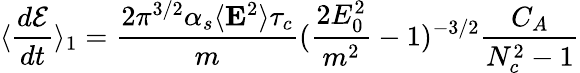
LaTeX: \langle{\frac{d{\cal{E}}}{dt}}\rangle_{1}={\frac{2\pi^{3/2}\alpha_{s}\langle{\mathbf E}^{2}\rangle\tau_{c}}{m}}({\frac{2E_{0}^{2}}{m^{2}}}-1)^{-3/2}{\frac{C_{A}}{N_{c}^{2}-1}}